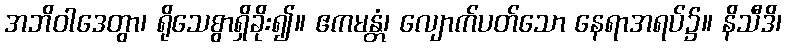
အဘိဝါဒေတွာ၊ ရိုသေစွာရှိခိုး၍။ ဧကမန္တံ၊ လျောက်ပတ်သော နေရာအရပ်၌။ နိသီဒိ၊